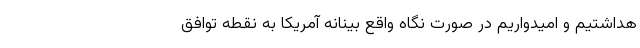
هداشتیم و امیدواریم در صورت نگاه واقع بینانه آمریکا به نقطه توافق